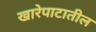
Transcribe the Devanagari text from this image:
खारेपाटातील